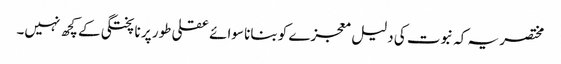
مختصر یہ کہ نبوت کی دلیل معجزے کو بنانا سوائے عقلی طور پر ناپختگی کے کچھ نہیں۔